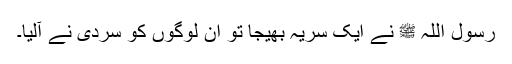
رسول اللہ ﷺ نے ایک سریہ بھیجا تو ان لوگوں کو سردی نے آلیا۔